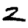
Digit: 2